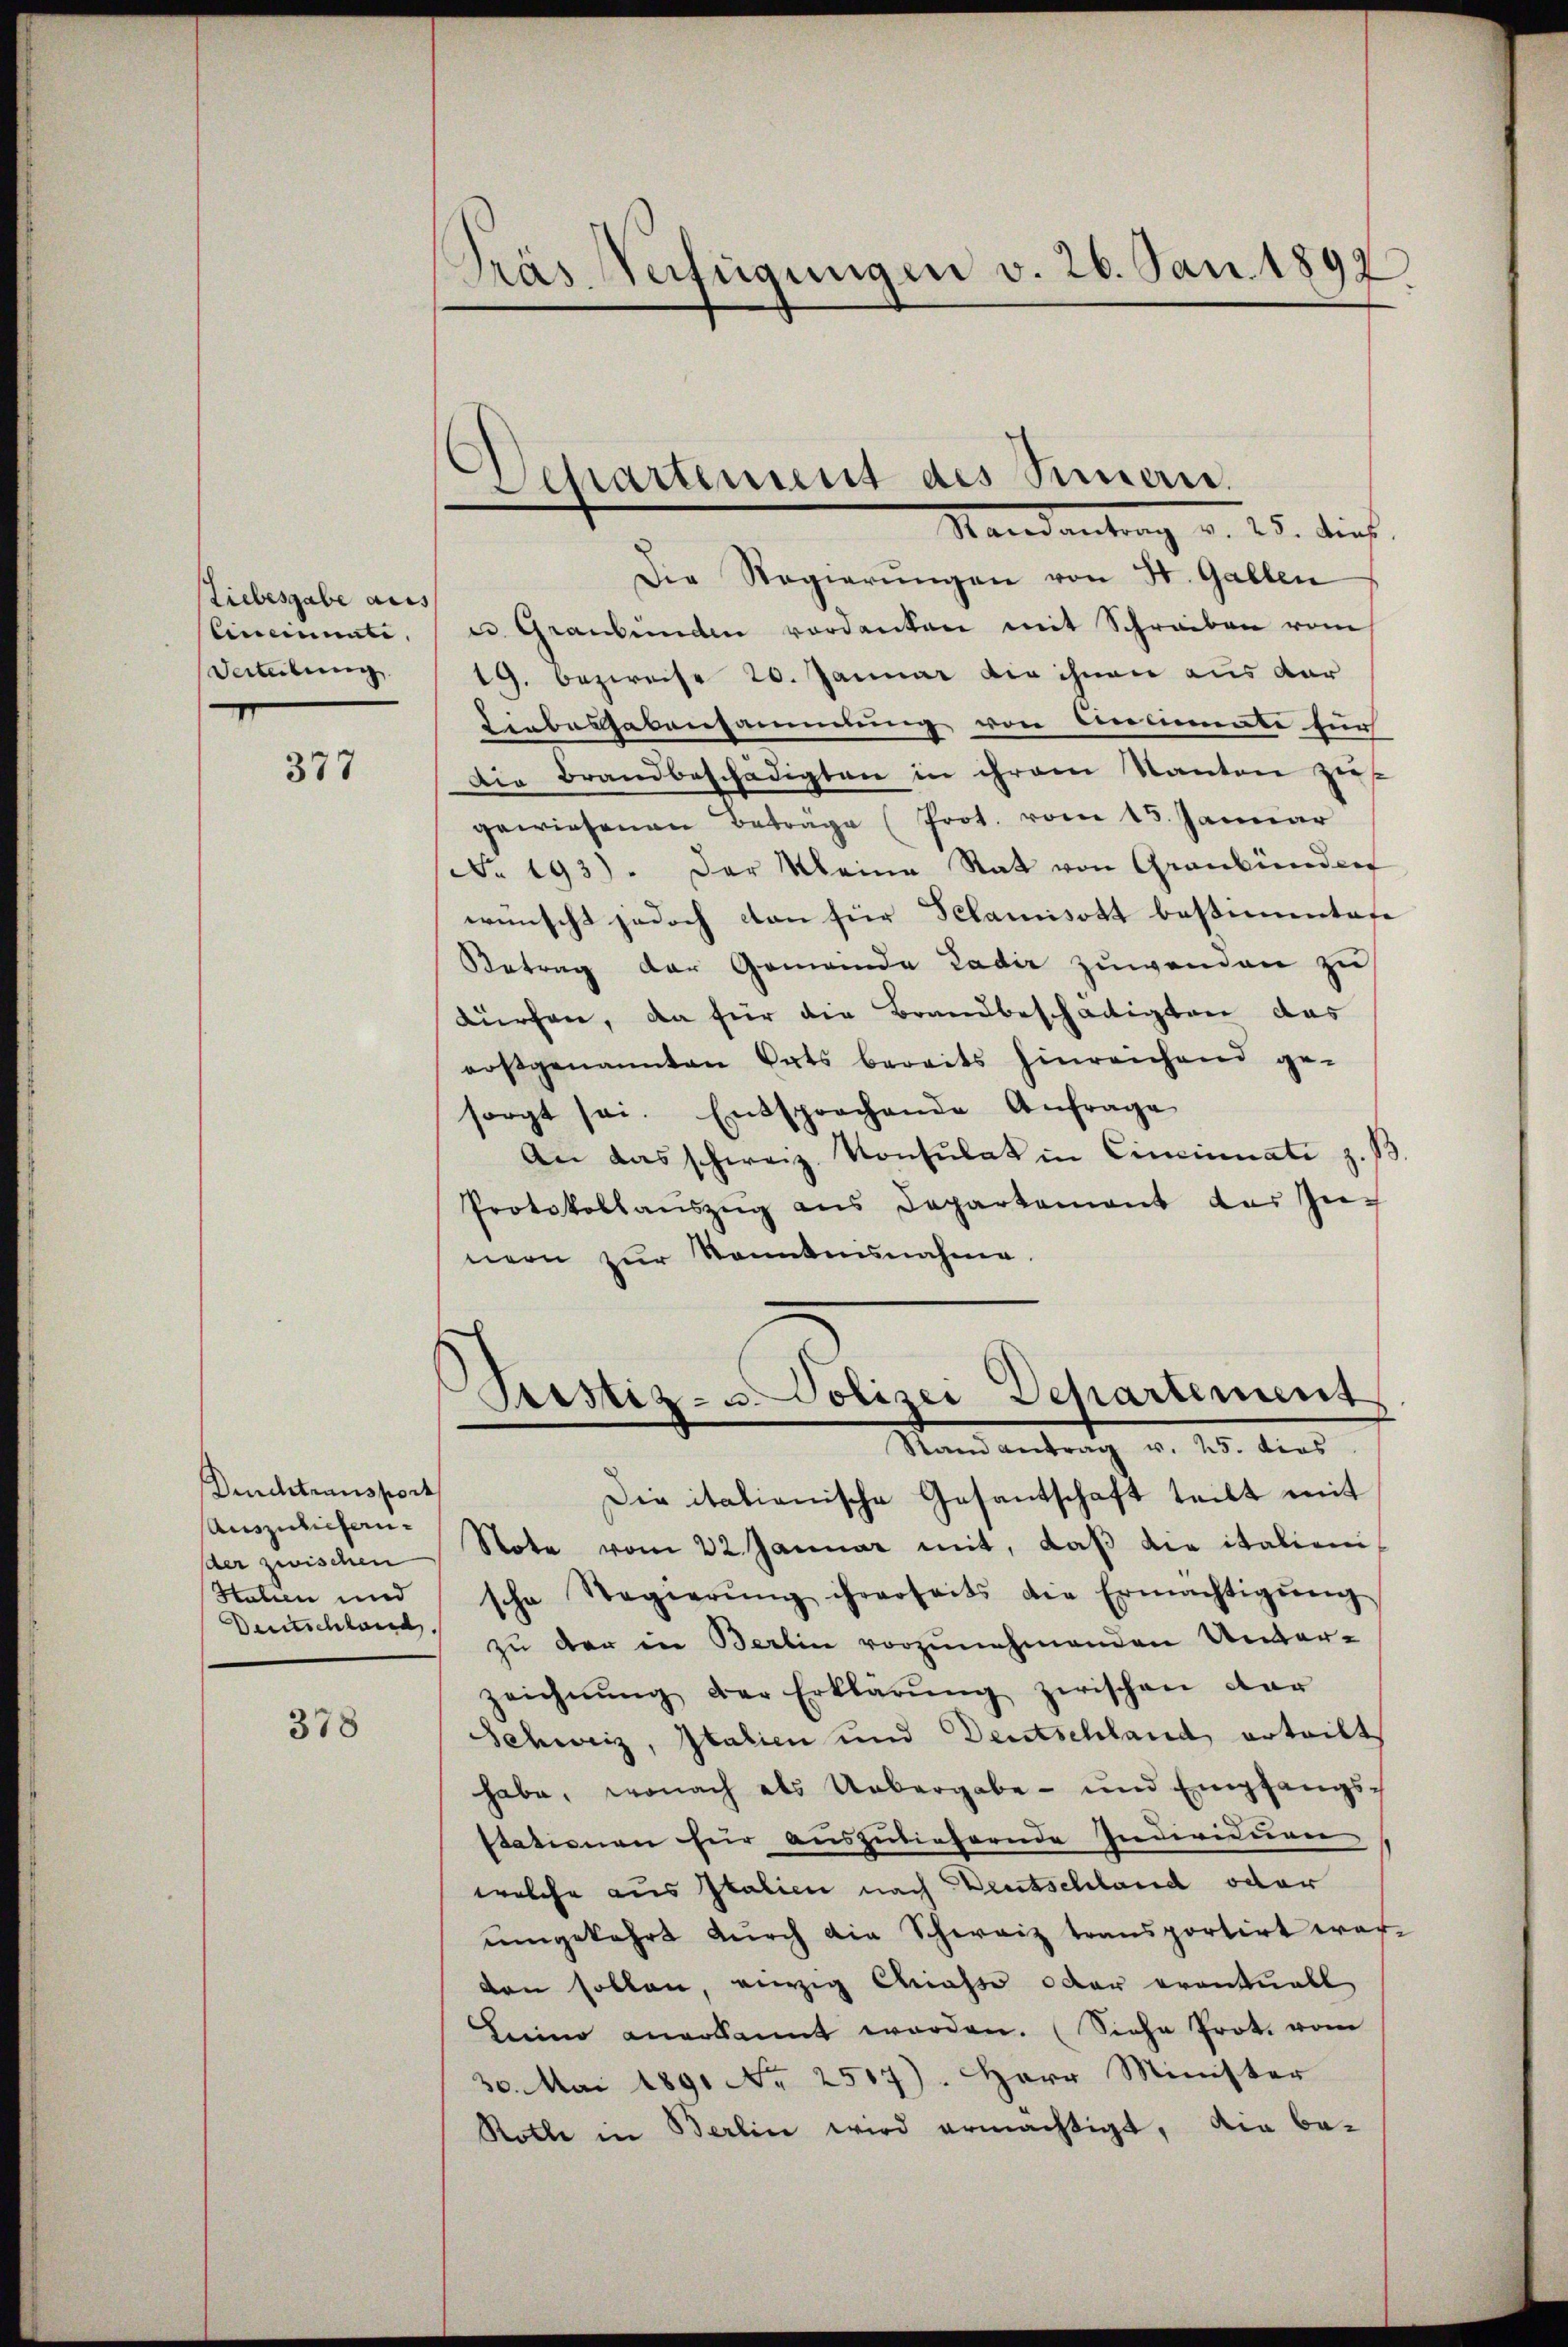
Liebesgabe aus
Cineinunte
Verteilung.
.

377

Durchtransport
Auszuliefern.
der zwischen
Htalien und
Deutschland.

378

Dräs Verfügungen v. 26. Jan. 1897

Departement des Simmen.
Randantrag v. 25. dieß.

Die Regierungen von St. Gallen
u Graubünden verdanken mit Schreiben vom
19. bezweise 20. Januar die ihnen aus dar
Liebesgabensammlung von Anlienate zur
Die Brandbeschädigten in ihrem Kanton zers
gewiesenen Beträge (Prot. vom 15. Januar
No. 193). Der Meine Statt von Graubünden
wünscht jedoch con für Pelamisott bestimmtese
Betrag der Gemeinde Ladir zuwenden zu
dürchen, da für die Brandbeschädigten das
erstgenannten Orts bereits hinreichend ge-
sorgt sei. Entsprochende Anfrage
An das schweiz. Konsulat in Cincinati z. B.
Protokollaŭszŭg aus Departement der Zu-
nern zur Sonntannahme.

Die italienische Gesantschaft teilt mit
Note vom 22. Januar mit, daß die italienische Regierŭng ihrerseits die Ermächtigŭng
zu der in Berlin vorzunehmenden Unver-
zeichnŭng der Erklärŭng zwischen dar
Schweiz, Italien und Deutschland, erteilt
habe, wonach als Uebergabe - und Empfangsstationen für auszuliefernde Individuen
welche aus Italien nach Deutschland oder
umgekehrt durch die Schweiz transportirt wor-
den sollen, einzig Casse oder eventuell
Luino anerkannt worden. (Siehe Prot. vom
30. Mai 1891 No 2507). Herr Minister
Roth in Berlin wird ermächtigt, die be-

Sistiz- u. Polizei Departement
Stand antrag v. 25. dies